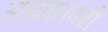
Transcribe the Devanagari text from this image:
अधकावरी